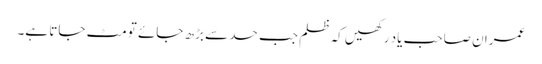
عمران صاحب یاد رکھیں کہ ظلم جب حد سے بڑھ جائے تو مٹ جاتا ہے۔